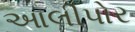
આલીપોર